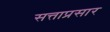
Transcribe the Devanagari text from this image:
सत्ताप्रसार